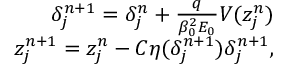
\begin{array} { r } { \delta _ { j } ^ { n + 1 } = \delta _ { j } ^ { n } + \frac { q } { \beta _ { 0 } ^ { 2 } E _ { 0 } } V ( z _ { j } ^ { n } ) } \\ { z _ { j } ^ { n + 1 } = z _ { j } ^ { n } - C \eta ( \delta _ { j } ^ { n + 1 } ) \delta _ { j } ^ { n + 1 } \mathrm { , } } \end{array}